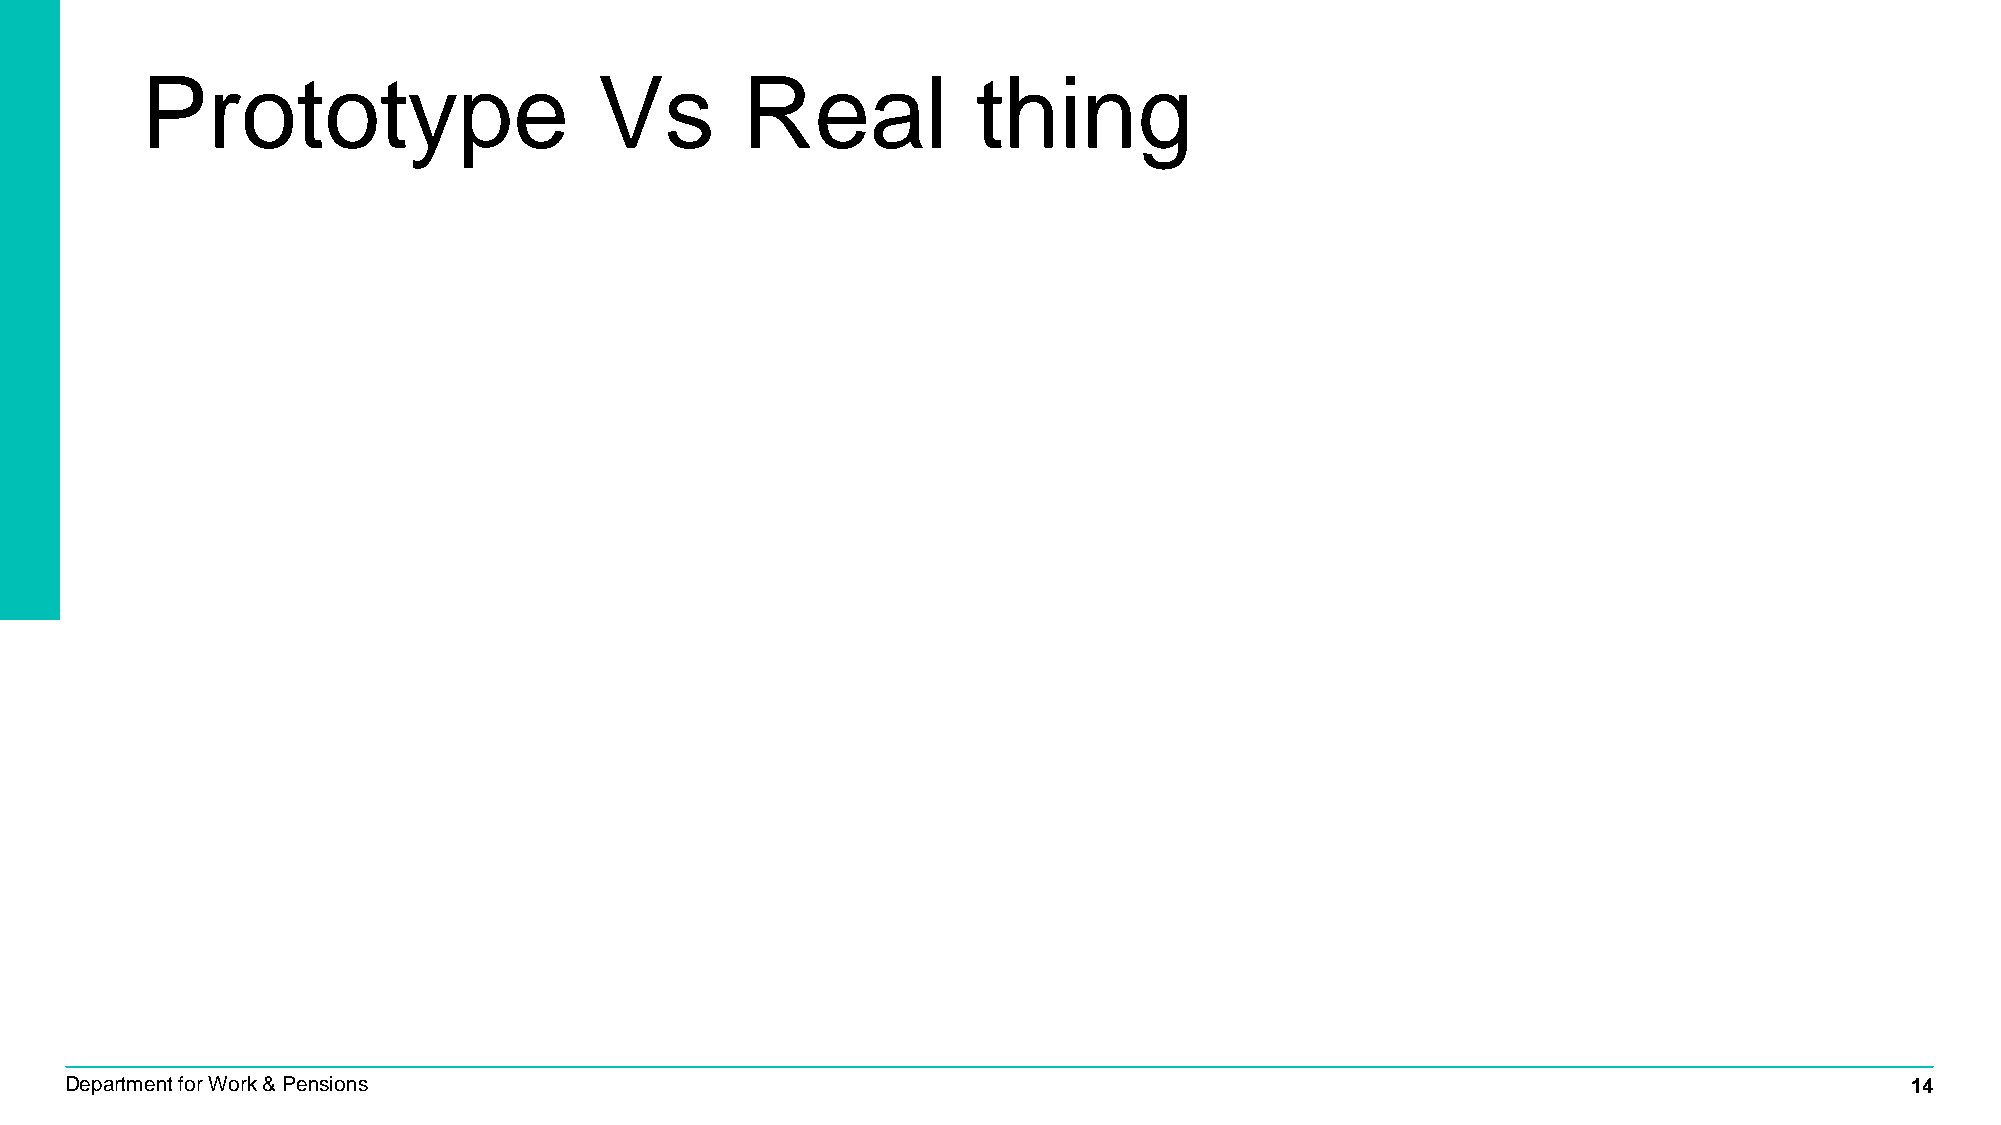
Prototype                      Vs       Real            thing
 Department for Work & Pensions                                                                                            14